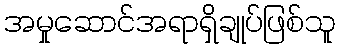
အမှုဆောင်အရာရှိချုပ်ဖြစ်သူ